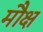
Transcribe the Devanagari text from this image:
मौक्ष